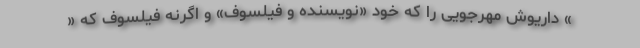
» داریوش مهرجویی را که خود «نویسنده و فیلسوف» و اگرنه فیلسوف که «